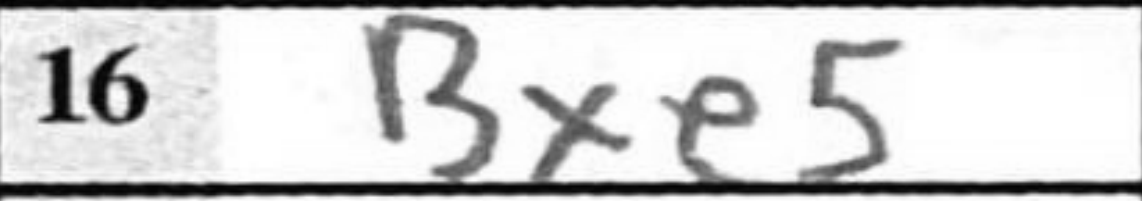
Transcription: Bxe5